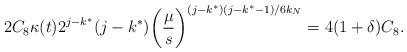
LaTeX: \begin{align*}2 C_8 \kappa(t) 2^{j - k^*} (j - k^*) \bigg( \frac{\mu}{s} \bigg)^{(j - k^*)(j - k^* - 1)/6k_N} = 4 (1 + \delta) C_8.\end{align*}